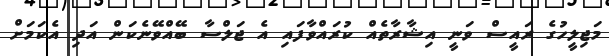
މަޖިލީހުގެ ރައީސް ވަނީ އިޝާރާތެއް ކުރައްވާފައި އެ ޖަލްސާ ބޭއްވޭނެކަން އަދި އެކަމަށް